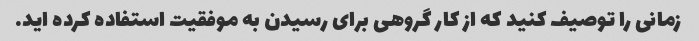
زمانی را توصیف کنید که از کار گروهی برای رسیدن به موفقیت استفاده کرده اید.